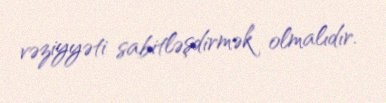
vəziyyəti sabitləşdirmək olmalıdır.